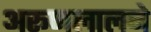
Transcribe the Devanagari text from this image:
अरूणलालने